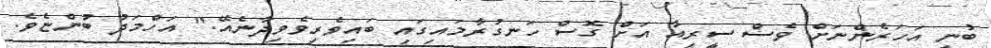
ބުނީ އަހަރެންނަށް ވެސް ސީރިއާ އަށް ގޮސް ހަނގުރާމައިގައި ބައިވެރިވެވިދާނެއޭ." އަހްމަދު ބުންޏެވެ.